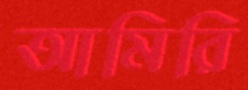
আমিরি